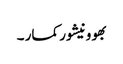
بھوونیشور کمار ۔